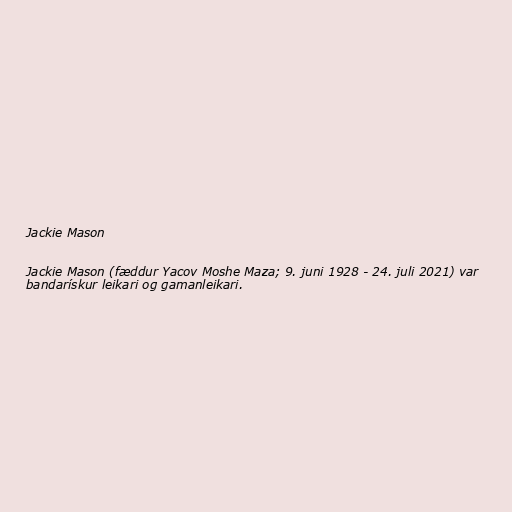
Jackie Mason

Jackie Mason (fæddur Yacov Moshe Maza; 9. juni 1928 - 24. juli 2021) var
bandarískur leikari og gamanleikari.